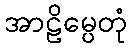
အာဠိမ္ပေတုံ